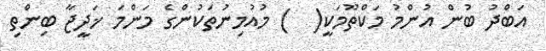
އަބްދު ބުން އުންމު މަކްތޫމަކީ(  ) މުއުމިނުތަކުންގެ މަންމަ ޚަދީޖާ ބިންތި